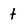
Character: t